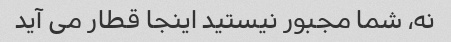
نه، شما مجبور نیستید اینجا قطار می آید